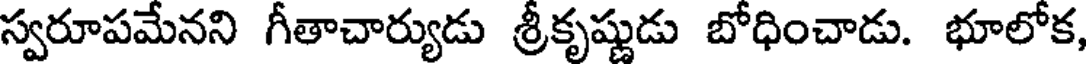
స్వరూపమేనని గీతాచార్యుడు శ్రీకృష్ణుడు బోధించాడు. భూలోక,